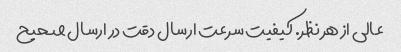
عالی از هر نظر. کیفیت سرعت ارسال دقت در ارسال صحیح